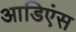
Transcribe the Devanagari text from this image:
आडिएंस